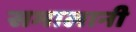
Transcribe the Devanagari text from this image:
समालानी